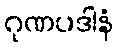
ဂုဏပဒါနံ